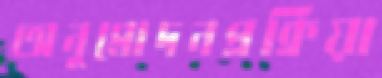
অনুমোদনপ্রক্রিয়া